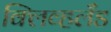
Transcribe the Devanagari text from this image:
क्लिव्हलँड